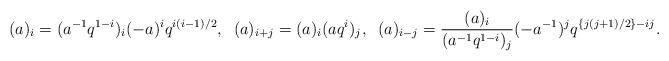
LaTeX: \begin{align*}(a)_{i} = (a^{-1} q^{1 - i})_{i} (- a)^{i} q^{i (i - 1) / 2}, \;\; (a)_{i + j} = (a)_{i} (a q^{i})_{j}, \;\; (a)_{i - j} = \frac{(a)_{i}}{(a^{-1} q^{1 - i})_{j}} (- a^{-1})^{j} q^{\left\{j (j + 1) / 2 \right\} - i j}. \end{align*}